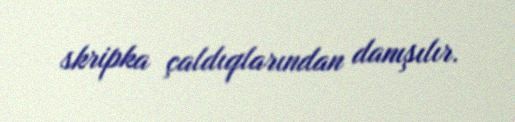
skripka çaldıqlarından danışılır.